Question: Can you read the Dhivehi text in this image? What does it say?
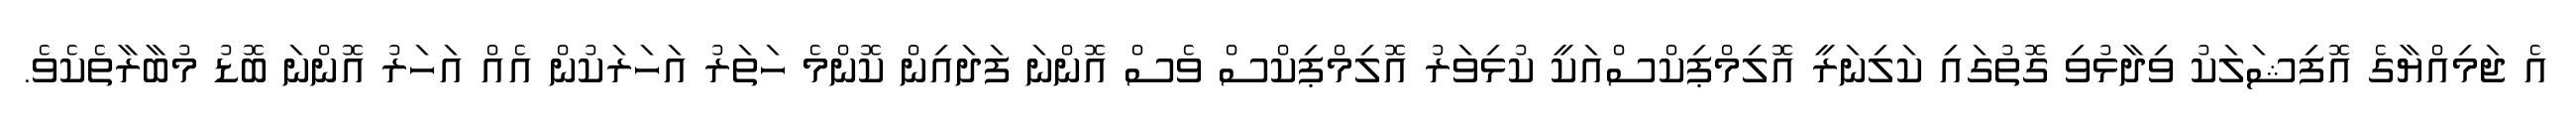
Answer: އެ ޖަމިއްޔާގެ އޮފިޝަލަކު ވިދާޅުވި ގޮތުގައި ކަލިނަރީ އޮލިމްޕިކްސްއަކީ ކުޅިވަރު އޮލިމްޕިކްސް ވެސް އޮންނަ ފަދައިން ކޮންމެ ހަތަރު އަހަރަކުން އެއް އަހަރު އޮންނަ ބޮޑު މުބާރާތެކެވެ.